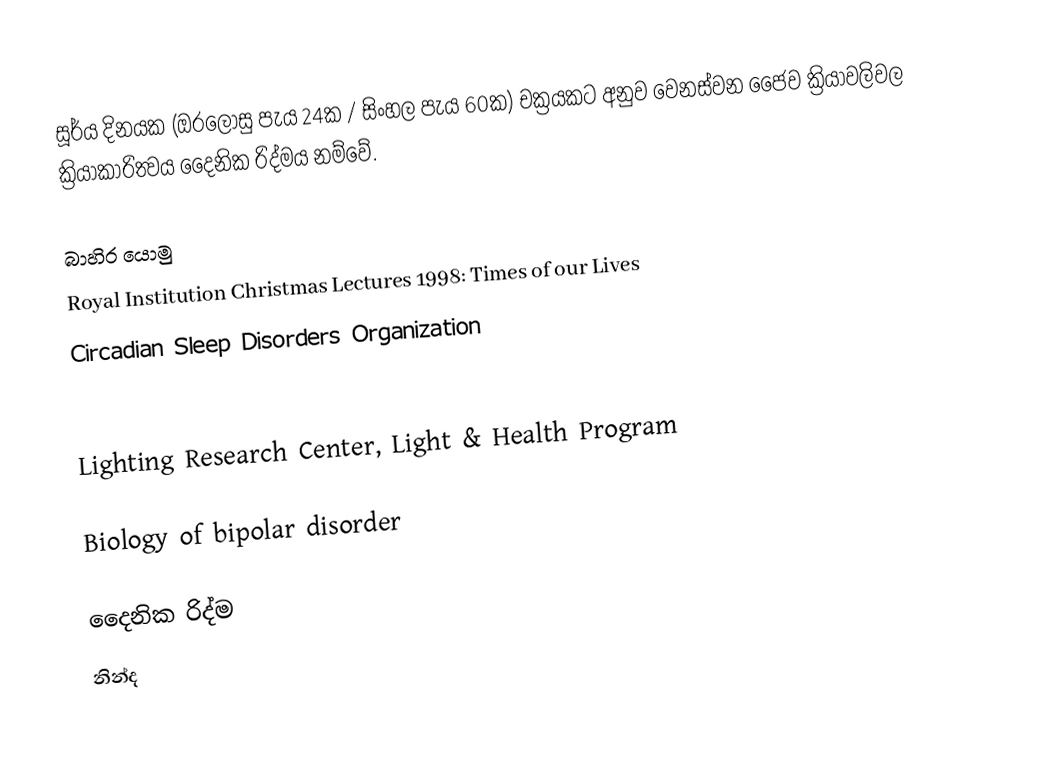
සූර්ය දිනයක (ඔරලෝසු පැය 24ක / සිංහල පැය 60ක) චක්‍රයකට අනුව වෙනස්වන ජෛව ක්‍රියාවලිවල ක්‍රියාකාරිත්‍වය දෛනික රිද්මය  නම්වේ.

බාහිර යොමු
 Royal Institution Christmas Lectures 1998: Times of our Lives
 Circadian Sleep Disorders Organization

 Lighting Research Center, Light & Health Program

Biology of bipolar disorder

දෛනික රිද්ම
නින්ද